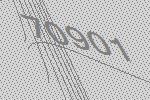
70901